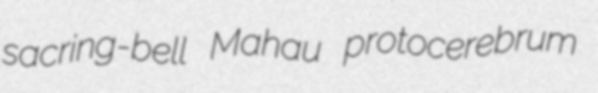
sacring-bell Mahau protocerebrum